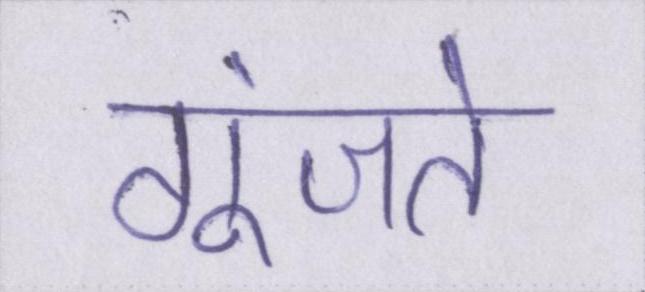
गूंजते